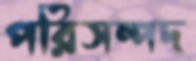
পরিসম্পদ